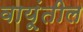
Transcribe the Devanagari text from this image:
वायूंतील